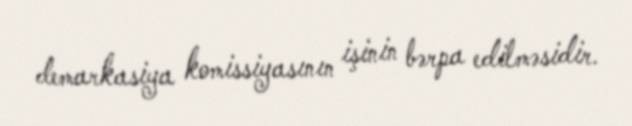
demarkasiya komissiyasının işinin bərpa edilməsidir.